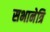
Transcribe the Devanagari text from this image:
सभानेत्रि